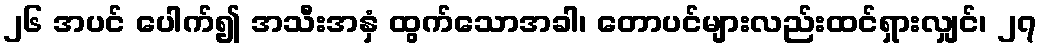
၂၆ အပင် ပေါက်၍ အသီးအနှံ ထွက်သောအခါ၊ တောပင်များလည်းထင်ရှားလျှင်၊ ၂၇